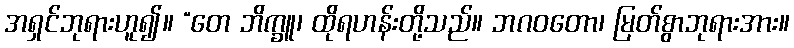
အရှင်ဘုရားဟူ၍။ “တေ ဘိက္ခူ၊ ထိုရဟန်းတို့သည်။ ဘဂဝတော၊ မြတ်စွာဘုရားအား။